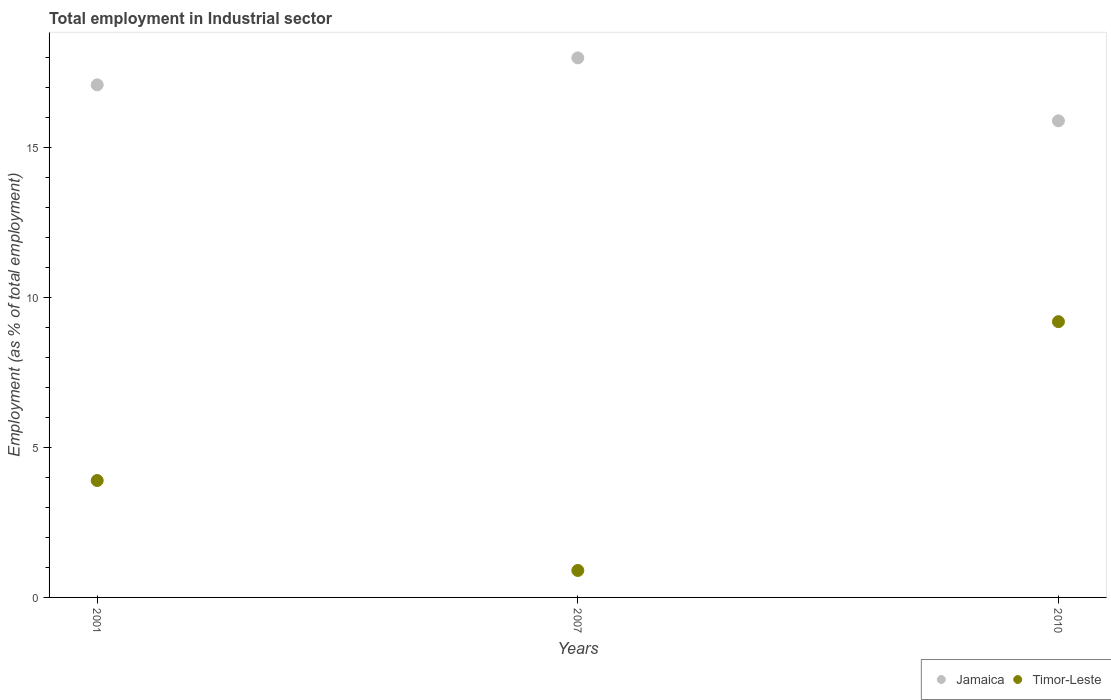
| Years | Jamaica | Timor-Leste |
 | --- | --- | --- |
 | 2001 | 17.1 | 3.9 |
 | 2007 | 18 | 0.9 |
 | 2010 | 15.9 | 9.2 |